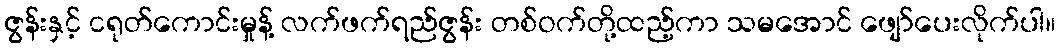
ဇွန်းနှင့် ငရုတ်ကောင်းမှုန့် လက်ဖက်ရည်ဇွန်း တစ်ဝက်တို့ထည့်ကာ သမအောင် ဖျော်ပေးလိုက်ပါ။